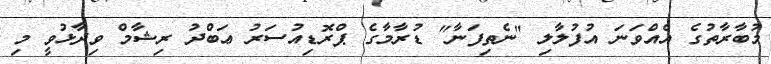
މުބާރާތުގެ އެއްވަނަ އުފުލާލި "ނެތިފަނާ" ޑުރާމާގެ ޕްރޮޑިއުސަރު ޢަބްދު ރިޝާމް ވިދާޅުވީ މި